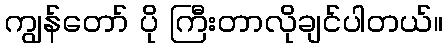
ကျွန်တော် ပို ကြီးတာလိုချင်ပါတယ်။